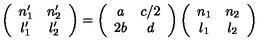
\left( \begin{array} { c c } { n _ { 1 } ^ { \prime } } & { n _ { 2 } ^ { \prime } } \\ { l _ { 1 } ^ { \prime } } & { l _ { 2 } ^ { \prime } } \\ \end{array} \right) = \left( \begin{array} { c c } { a } & { c / 2 } \\ { 2 b } & { d } \\ \end{array} \right) \left( \begin{array} { c c } { n _ { 1 } } & { n _ { 2 } } \\ { l _ { 1 } } & { l _ { 2 } } \\ \end{array} \right)